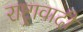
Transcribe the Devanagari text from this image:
राष्ट्रावादी